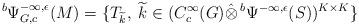
LaTeX: \begin{align*}{}^b \Psi^{-\infty,\epsilon}_{G,c}(M)=\{T_{\widetilde{k}},\; \widetilde{k}\in(C^\infty_c (G)\hat{\otimes}\, {}^b\Psi^{-\infty,\epsilon}(S))^{K\times K}\}\end{align*}